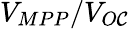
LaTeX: V_{MPP}/V_{O\mathcal{C}}